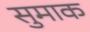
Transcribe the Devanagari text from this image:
सुमाक